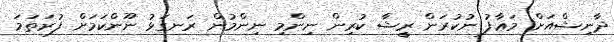
ދާނިޝްއަށް މަޢާފު ނުކުރަން ރީޝާ ކުރިން ނިންމި ނިންމުން ރަނގަޅު ނޫންކަމަށް ފުރަތަމަ